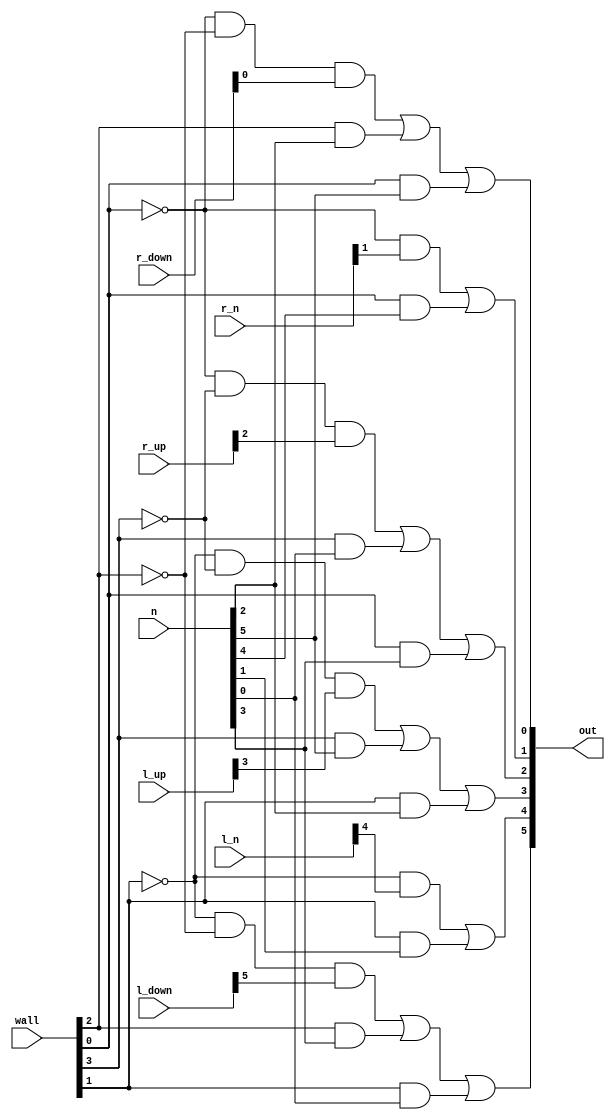
//=================================================================================================
// Propagation module
//=================================================================================================
// 
//=================================================================================================


module Propagation
(
    output [5:0] out,
    input  [5:0] l_up, l_n, l_down, r_up, r_n, r_down, n,
    input  [3:0] wall
);
    // TODO
    
    wire a, b, c, d, e, f;
    wire a_in, b_in, c_in, d_in, e_in, f_in;
    wire w_u, w_d, w_l, w_r;
    wire nw_u, nw_d, nw_l, nw_r;
    wire aout, bout, cout, dout, eout, fout;
    
    // a to f
    assign a = n[0];
    assign b = n[1];
    assign c = n[2];
    assign d = n[3];
    assign e = n[4];
    assign f = n[5];

    assign a_in = r_down[0];
    assign b_in = r_n   [1];
    assign c_in = r_up  [2];
    assign d_in = l_up  [3];
    assign e_in = l_n   [4];
    assign f_in = l_down[5];

    // walls
    assign w_u = wall[3];
    assign w_d = wall[2];
    assign w_l = wall[1];
    assign w_r = wall[0];
    assign nw_u = (~w_u);
    assign nw_d = (~w_d);
    assign nw_l = (~w_l);
    assign nw_r = (~w_r);

    // output values
    assign aout = (((nw_r & nw_d) & a_in) | (w_d & c) | (w_r & f));
    assign dout = (((nw_l & nw_u) & d_in) | (w_u & f) | (w_l & c));

    assign bout = ((nw_r & b_in) | (w_r & e));
    assign eout = ((nw_l & e_in) | (w_l & b));

    assign cout = (((nw_r & nw_u) & c_in) | (w_u & a) | (w_r & d));
    assign fout = (((nw_l & nw_d) & f_in) | (w_d & d) | (w_l & a));

    assign out = {fout, eout, dout, cout, bout, aout};

endmodule


// `timescale 1ns / 1ns
// module Collision_testbench();

// 	// inputs and outputs for testing
//     reg  [5:0] in;
//     wire [5:0] in_w, out;
//     wire rnd_w;

// 	reg clk;

// 	assign in_w  = in;
//     assign rnd_w = 1;

// 	// Instantiate testing
// 	Collision DUT (
// 		.in   (in_w),
// 		.out  (out),
//         .rnd  (rnd_w)
// 	);

// 	// Set up the clock.
// 	parameter CLOCK_PERIOD = 100;
// 	initial begin
// 		clk <= 0;
// 		forever #(CLOCK_PERIOD/2) clk <= ~clk;
// 	end

// 	// for loop tracker
// 	integer i;

// 	// Set up the inputs to the design. Each "@(posedge clk);" is a clock cycle.
// 	initial begin
		
// 		@(posedge clk);
// 		@(posedge clk);

//         // squence: {d, c, e, b, f, a}
//         in <= 6'b100001; @(posedge clk);    // ad -> be/cf
//         in <= 6'b001100; @(posedge clk);    // be -> ad/cf
//         in <= 6'b010010; @(posedge clk);    // cf -> ad/be

//         in <= 6'b011001; @(posedge clk);    //ace -> bdf
//         in <= 6'b100110; @(posedge clk);    //bdf -> ace
        

// 		// // simulate for 100000 time cycles
// 		// for(i = 0; i < 7'b1000000; i = i + 1) begin
// 		// 	in <= i; @(posedge clk);
// 		// end

// 		@(posedge clk);
// 		@(posedge clk);
		
// 		$stop; // End the simulation.
// 	end

// endmodule